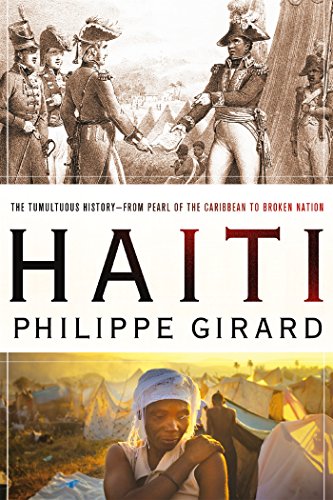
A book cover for Haiti: The Tumultuous History - From Pearl of the Caribbean to Broken Nation; Philippe Girard; History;